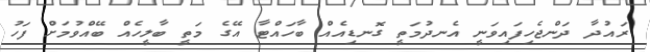
ރައުދާ ދަންޖެހިފައިވަނީ އެނދުމަތީ ގޮނޑިއެއް ބާހައްޓާ އޭގެ މަތީ ބާލީހެއް ބޭއްވުމަށް ފަހު